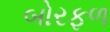
બોરફળ